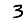
Digit: 3